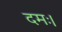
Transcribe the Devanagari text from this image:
दमः।